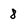
Character: 8